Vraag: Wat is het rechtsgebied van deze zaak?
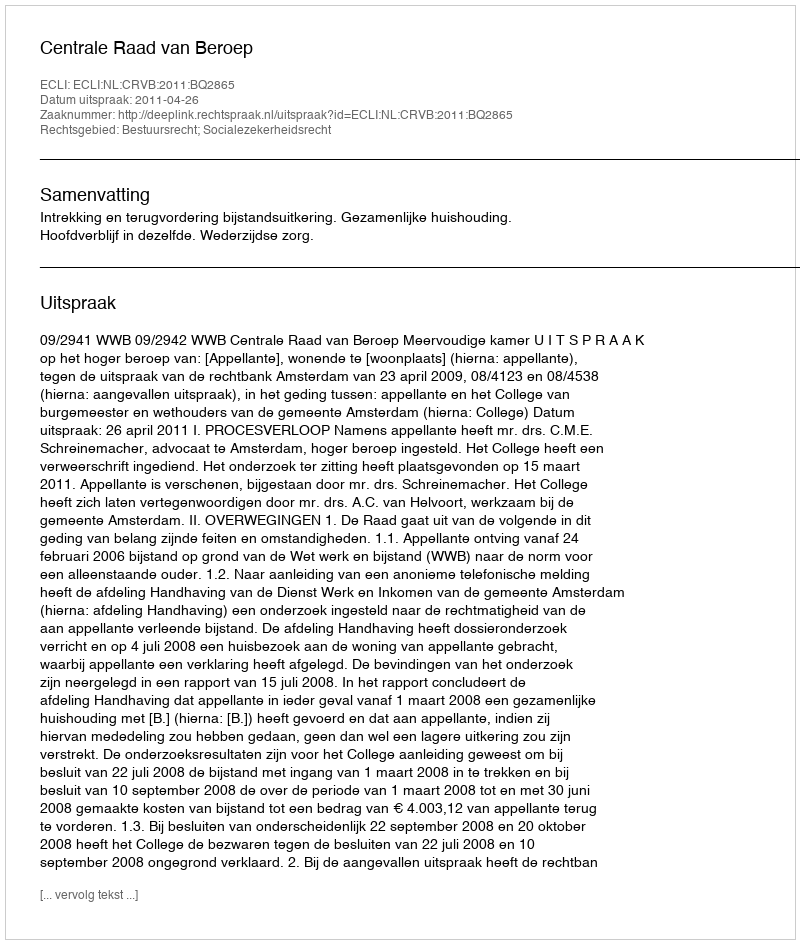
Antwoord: Bestuursrecht; Socialezekerheidsrecht